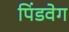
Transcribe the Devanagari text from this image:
पिंडवेग